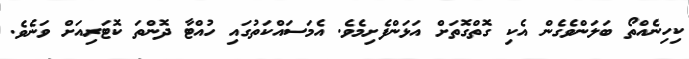
ކިހިނެއްތޯ ބަލަންވެގެން އެކި ގޮތްގޮތަށް އަޅަންފެށިމެވެ. އެމަސައްކަތުގައި ހުއްޓާ ދޮންތަ ކޮޓަރިއަށް ވަނެވެ.